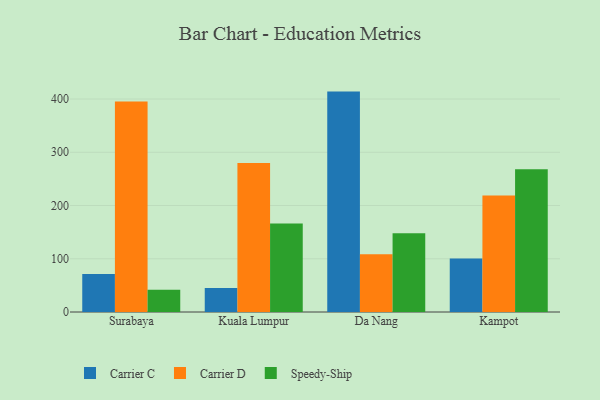
{"axis": {"x": "City", "y": "Churn Rate (%)"}, "legend": ["Carrier C", "Carrier D", "Speedy-Ship"], "data": [{"x": "Surabaya", "y": 71.5, "type": "Carrier C"}, {"x": "Surabaya", "y": 395.3, "type": "Carrier D"}, {"x": "Surabaya", "y": 41.8, "type": "Speedy-Ship"}, {"x": "Kuala Lumpur", "y": 44.9, "type": "Carrier C"}, {"x": "Kuala Lumpur", "y": 279.7, "type": "Carrier D"}, {"x": "Kuala Lumpur", "y": 166.0, "type": "Speedy-Ship"}, {"x": "Da Nang", "y": 413.9, "type": "Carrier C"}, {"x": "Da Nang", "y": 108.5, "type": "Carrier D"}, {"x": "Da Nang", "y": 147.9, "type": "Speedy-Ship"}, {"x": "Kampot", "y": 100.5, "type": "Carrier C"}, {"x": "Kampot", "y": 218.7, "type": "Carrier D"}, {"x": "Kampot", "y": 268.2, "type": "Speedy-Ship"}]}